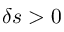
\delta s > 0